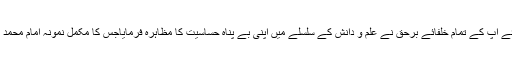
آنحضرت کی اسی حساسیت کو پیش نظر رکھتے ہوئے آپ کے تمام خلفائے برحق نے علم و دانش کے سلسلے میں اپنی بے پناہ حساسیت کا مظاہرہ فرمایاجس کا مکمل نمونہ امام محمد باقر علیہ السلام کی حیات طیبہ میں دیکھنے کو ملا ۔